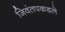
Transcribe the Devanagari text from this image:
जिवंतपकडले